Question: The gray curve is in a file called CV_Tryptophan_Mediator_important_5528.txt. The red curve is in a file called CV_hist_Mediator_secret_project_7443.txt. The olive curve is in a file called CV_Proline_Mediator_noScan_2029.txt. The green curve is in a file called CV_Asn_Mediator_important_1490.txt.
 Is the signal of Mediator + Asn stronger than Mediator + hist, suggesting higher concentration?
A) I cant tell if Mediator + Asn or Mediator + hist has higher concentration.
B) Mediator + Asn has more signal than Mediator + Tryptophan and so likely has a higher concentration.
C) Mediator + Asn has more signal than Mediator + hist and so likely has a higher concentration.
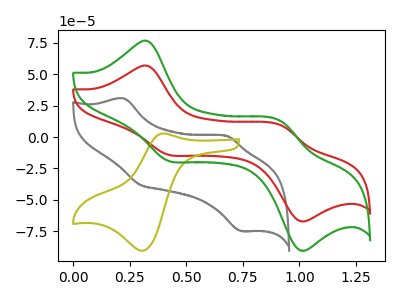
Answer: <think>The gray curve "Mediator + Tryptophan" has anodic peaks at (0.20V, 30.80uA) (0.70V, 1.00uA) and cathodic peaks at (0.30V, -37.80uA) (0.75V, -74.85uA). The red curve "Mediator + hist" has anodic peaks at (0.35V, 56.75uA) (0.90V, 9.25uA) and cathodic peaks at (0.40V, -14.00uA) (1.00V, -66.75uA). The olive curve "Mediator + Proline" has an anodic peak at (0.40V, 2.85uA) and a cathodic peak at (0.30V, -90.60uA). The green curve "Mediator + Asn" has anodic peaks at (0.35V, 76.50uA) (0.90V, 12.45uA) and cathodic peaks at (0.40V, -18.90uA) (1.00V, -89.95uA).
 All the peaks in "Mediator + Asn" have a peak in "Mediator + hist" at the same potential. Every peak in "Mediator + Asn" is higher than every peak in "Mediator + hist".</think>
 <answer>C) "Mediator + Asn" has more signal than "Mediator + hist" and so likely has a higher concentration.</answer>
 <eval>C</eval>